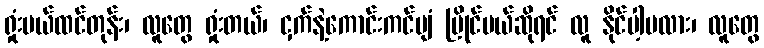
ရှုံးမယ်ထင်တုန်း၊ လူတွေ ရှုံးတယ်၊ ငှက်နဲ့ကောင်းကင်ပျံ ပြိုင်မယ်ဆိုရင် လူ နိုင်ပါ့မလား၊ လူတွေ